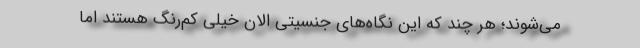
می‌شوند؛ هر چند که این نگاه‌های جنسیتی الان خیلی کم‌رنگ هستند اما